Punjab Mental Hospital Lahore 1932-46 - 1932-1946
Year: 1932
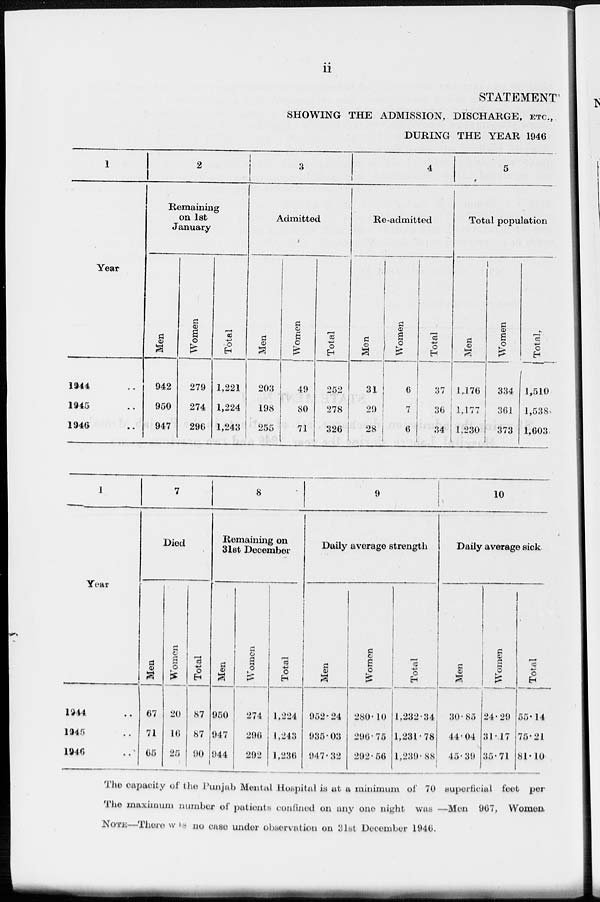
ii
STATEMENT
SHOWING THE ADMISSION, DISCHARGE, ETC.,
DURING THE YEAR 1946
1
Year
1944 ..
1945 ..
1946 ..
2
Remaining
on 1st
January
Men
942
950
947
Women
279
274
296
Total
1,221
1,224
1,243
3
Admitted
Men
203
198
255
Women
49
80
71
Total
252
278
326
4
Re-admitted
Men
31
29
28
Women
6
7
6
Total
37
36
34
5
Total population
Men
1,176
1,177
1,230
Women
334
361
373
Total.
1,510
1,538
1,603
1
Year
1944 ..
1945 ..
1946 ..
7
Died
Men
67
71
65
Women
20
16
25
Total
87
87
90
8
Remaining on
31st December
Men
950
947
944
Women
274
296
292
Total
1,224
1,243
1,236
9
Daily average strength
Men
952.24
935.03
947.32
Women
280.10
296.75
292.56
Total
1,232.34
1,231.78
1,239.88
10
Daily average sick
Men
30.85
44.04
45.39
Women
24.29
31.17
35.71
Total
55.14
75.21
81.10
The capacity of the Punjab Mental Hospital is at a minimum of 70 superficial feet per
The maximum number of patients confined on any one night was —Men 967, Women.
NOTE—There was no case under observation on 31st December 1946.